Newspaper: Daily intelligencer. [volume]
Place of publication: Wheeling, Va. [W. Va.]
Publisher: Campbell & M'Dermot
Date: 1860-05-12 00:00:00
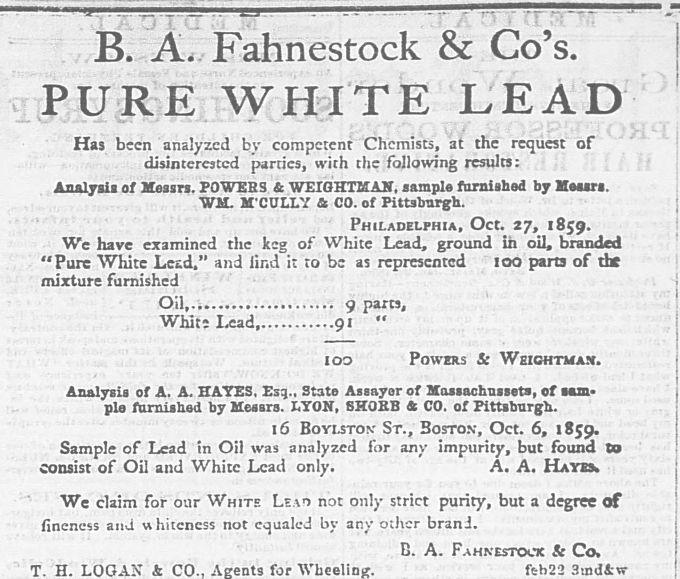
Advertisement text (OCR):
B. A. Fahnestock & Co's. PURE WHITE LEAD Has been analyzed by competent Chemists, at the request of disinterested parties, with the following results: Analysis of Messrs. POWERS & weightkan, sample furnished by Messrs. WM. M CULLY & CO. of Pittsburgh. Philadelphia, Oct. 27, 1859. We have examined the keg of White Lead, ground in oil, branded "Pure White Lesd," and lir.d i: to be as represented 100 parts of the mixture furnished Oil 9 parts, Whit; Lead 91 " I oo powers S: Weichtmam. Analysis of A. A. HATES. Esq.. State Assayor of Massachnssets, of MB pie furnished by Messrs. i.YON, SHOBB & CO. of Pittsburgh. 16 Boylston St., Boston, Oct. 6, 1859. Sample of Lead in Oil was analyzed for any impurity, but found to consist of Oil and White Lead only. A. A. Hayes. We claim for our White Leah not only strict purity, but a degree of fineness an,i whiteness not equaled by any other bran J. b. A. Fahnestock Sc Co, for fth22 3mdiw ? ? 1 ; ? j , : | | | ' : i
Label: text-only